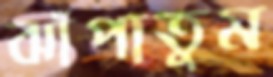
ঝাঁপাতুম